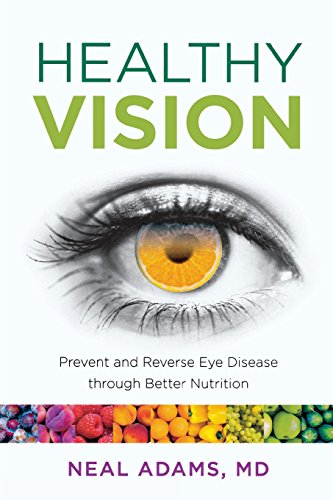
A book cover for Healthy Vision: Prevent and Reverse Eye Disease through Better Nutrition; Neal Adams; Health, Fitness & Dieting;